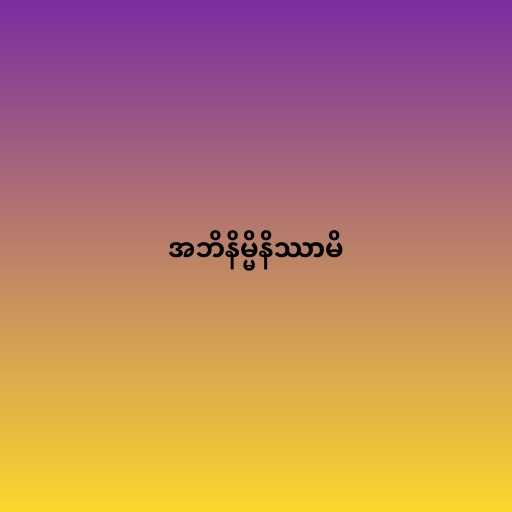
အဘိနိမ္မိနိဿာမိ